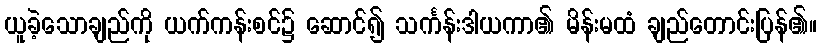
ယူခဲ့သောချည်ကို ယက်ကန်းစင်၌ ဆောင်၍ သင်္ကန်းဒါယကာ၏ မိန်းမထံ ချည်တောင်းပြန်၏။